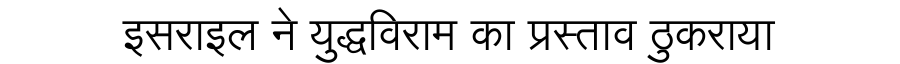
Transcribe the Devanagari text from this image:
इसराइल ने युद्धविराम का प्रस्ताव ठुकराया